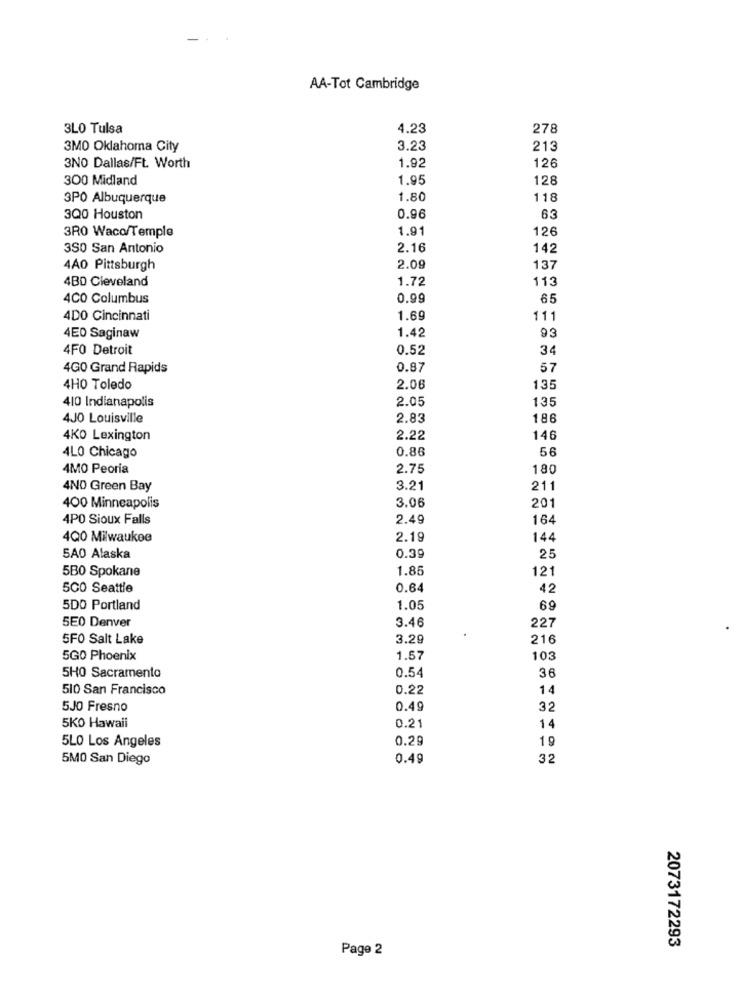
AA-Tot Cambridge
3LO Tulsa
4.23
278
3MO Oklahoma City
3.23
213
126
3NO Dallas/Ft. Worth
1.92
300 Midland
1.95
128
3PO Albuquerque
1.80
118
3Q0 Houston
0.96
63
3R0 Waco/Temple
1.91
126
3SO San Antonio
2.16
142
4AO Pittsburgh
2.09
137
4BD Cleveland
1.72
113
4CO Columbus
0.99
65
4DO Cincinnati
1.69
111
1.42
4E0 Saginaw
93
4F0 Detroit
0.52
34
4G0 Grand Rapids
0.87
57
4HO Toledo
2.06
135
410 Indianapolis
2.05
135
4JO Louisville
2.83
186
4KO Lexington
2.22
146
0.86
56
4LO Chicago
4MO Peoria
2.75
180
4ND Green Bay
3.21
211
400 Minneapolis
3.06
201
4PO Sioux Falls
2.49
164
4Q0 Milwaukee
2.19
144
0.39
25
5A0 Alaska
5B0 Spokane
1.85
121
500 Seattle
0.64
42
5DO Portland
1.05
69
3.46
227
5E0 Denver
5FO Salt Lake
3.29
216
5GO Phoenix
1.57
10
0.54
36
5H0 Sacramento
510 San Francisco
0.22
14
5JO Fresno
0.49
32
5KO Hawaii
0.21
14
0.29
19
5LO Los Angeles
5MO San Diego
0.49
32
2073172293
Page 2